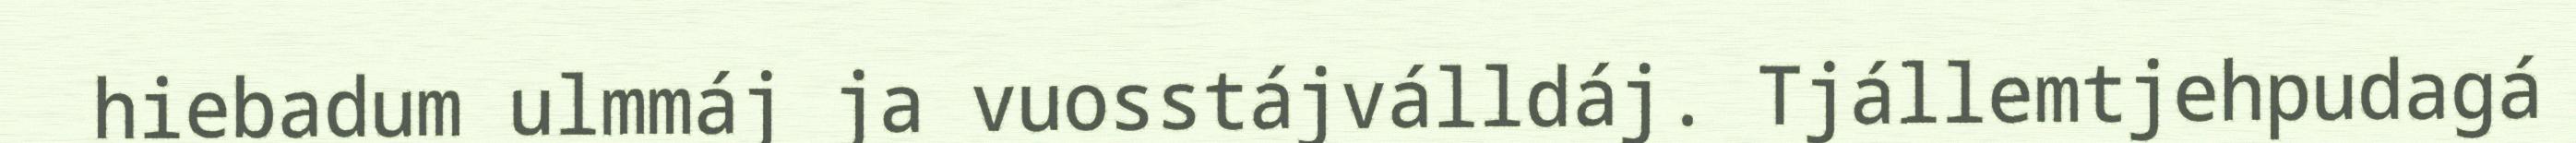
hiebadum ulmmáj ja vuosstájválldáj. Tjállemtjehpudagá